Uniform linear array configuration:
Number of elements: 12
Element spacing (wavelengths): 0.25
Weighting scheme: blackman
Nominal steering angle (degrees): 15
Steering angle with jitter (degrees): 14.454
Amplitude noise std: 0.05
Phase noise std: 0.05

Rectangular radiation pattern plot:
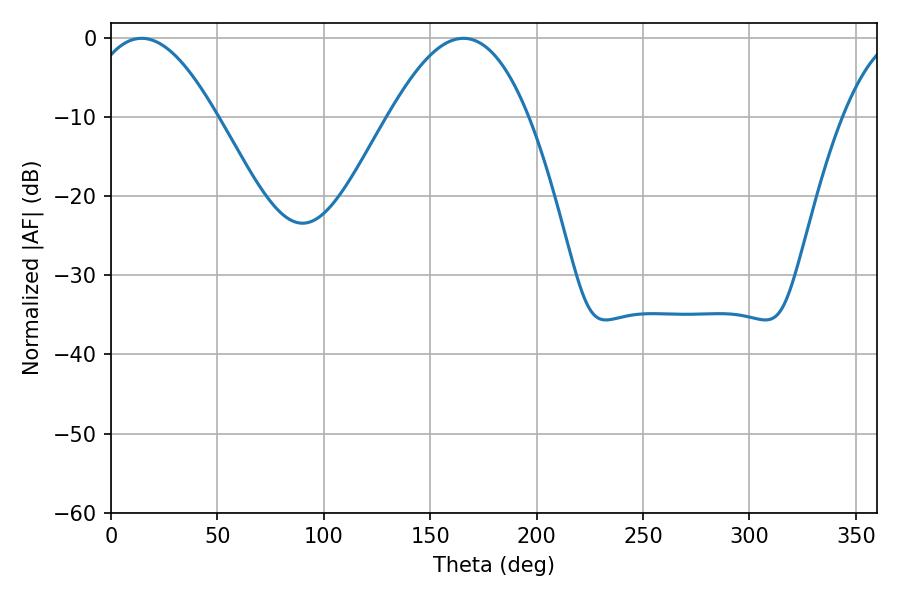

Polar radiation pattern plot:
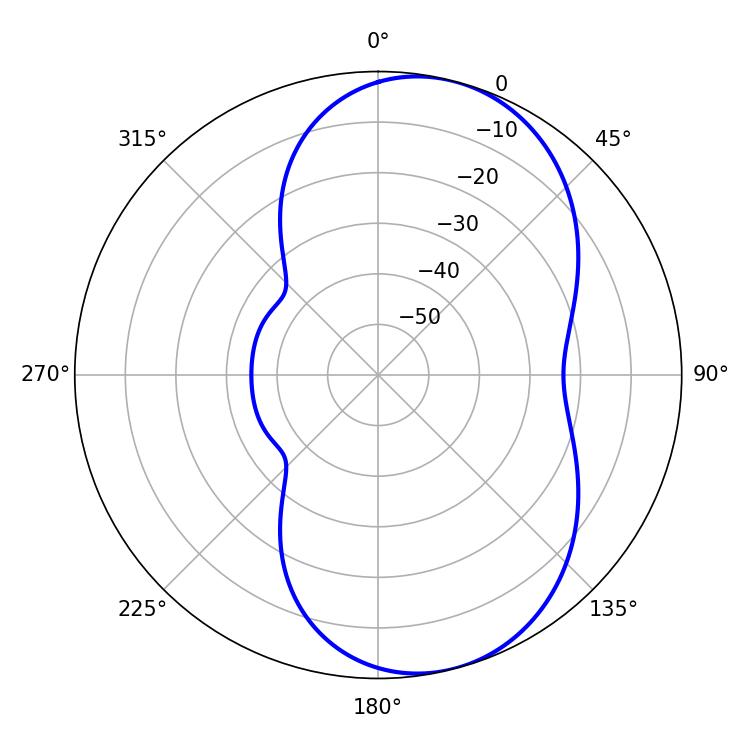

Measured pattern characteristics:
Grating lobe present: FALSE
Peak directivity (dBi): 7.378
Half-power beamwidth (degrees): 32.94
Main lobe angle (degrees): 14.4